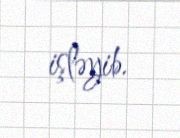
işləyib.